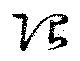
限